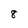
Character: 8